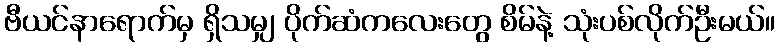
ဗီယင်နာရောက်မှ ရှိသမျှ ပိုက်ဆံကလေးတွေ စိမ်နဲ့ သုံးပစ်လိုက်ဦးမယ်။